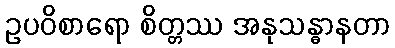
ဥပဝိစာရော စိတ္တဿ အနုသန္ဓာနတာ